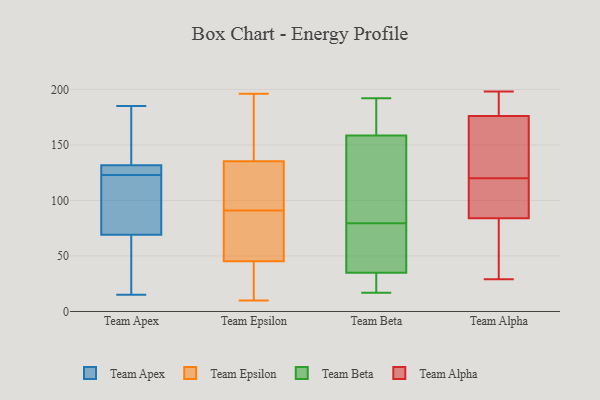
{"axis": {"x": "Tickets Resolved", "y": "Value"}, "legend": ["Team Alpha", "Team Apex", "Team Beta", "Team Epsilon"], "data": [{"x": "", "y": 129, "type": "Team Apex"}, {"x": "", "y": 185, "type": "Team Apex"}, {"x": "", "y": 106, "type": "Team Apex"}, {"x": "", "y": 49, "type": "Team Apex"}, {"x": "", "y": 66, "type": "Team Apex"}, {"x": "", "y": 78, "type": "Team Apex"}, {"x": "", "y": 123, "type": "Team Apex"}, {"x": "", "y": 15, "type": "Team Apex"}, {"x": "", "y": 131, "type": "Team Apex"}, {"x": "", "y": 183, "type": "Team Apex"}, {"x": "", "y": 132, "type": "Team Apex"}, {"x": "", "y": 10, "type": "Team Epsilon"}, {"x": "", "y": 91, "type": "Team Epsilon"}, {"x": "", "y": 98, "type": "Team Epsilon"}, {"x": "", "y": 181, "type": "Team Epsilon"}, {"x": "", "y": 42, "type": "Team Epsilon"}, {"x": "", "y": 22, "type": "Team Epsilon"}, {"x": "", "y": 172, "type": "Team Epsilon"}, {"x": "", "y": 55, "type": "Team Epsilon"}, {"x": "", "y": 143, "type": "Team Epsilon"}, {"x": "", "y": 196, "type": "Team Epsilon"}, {"x": "", "y": 62, "type": "Team Epsilon"}, {"x": "", "y": 27, "type": "Team Epsilon"}, {"x": "", "y": 112, "type": "Team Epsilon"}, {"x": "", "y": 94, "type": "Team Epsilon"}, {"x": "", "y": 62, "type": "Team Epsilon"}, {"x": "", "y": 80, "type": "Team Beta"}, {"x": "", "y": 160, "type": "Team Beta"}, {"x": "", "y": 79, "type": "Team Beta"}, {"x": "", "y": 32, "type": "Team Beta"}, {"x": "", "y": 192, "type": "Team Beta"}, {"x": "", "y": 38, "type": "Team Beta"}, {"x": "", "y": 166, "type": "Team Beta"}, {"x": "", "y": 190, "type": "Team Beta"}, {"x": "", "y": 53, "type": "Team Beta"}, {"x": "", "y": 66, "type": "Team Beta"}, {"x": "", "y": 25, "type": "Team Beta"}, {"x": "", "y": 96, "type": "Team Beta"}, {"x": "", "y": 22, "type": "Team Beta"}, {"x": "", "y": 102, "type": "Team Beta"}, {"x": "", "y": 17, "type": "Team Beta"}, {"x": "", "y": 157, "type": "Team Beta"}, {"x": "", "y": 93, "type": "Team Alpha"}, {"x": "", "y": 99, "type": "Team Alpha"}, {"x": "", "y": 196, "type": "Team Alpha"}, {"x": "", "y": 29, "type": "Team Alpha"}, {"x": "", "y": 178, "type": "Team Alpha"}, {"x": "", "y": 198, "type": "Team Alpha"}, {"x": "", "y": 129, "type": "Team Alpha"}, {"x": "", "y": 176, "type": "Team Alpha"}, {"x": "", "y": 84, "type": "Team Alpha"}, {"x": "", "y": 140, "type": "Team Alpha"}, {"x": "", "y": 78, "type": "Team Alpha"}, {"x": "", "y": 118, "type": "Team Alpha"}, {"x": "", "y": 122, "type": "Team Alpha"}, {"x": "", "y": 77, "type": "Team Alpha"}]}